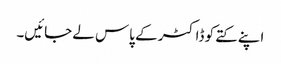
اپنے کتے کو ڈاکٹر کے پاس لے جائیں۔